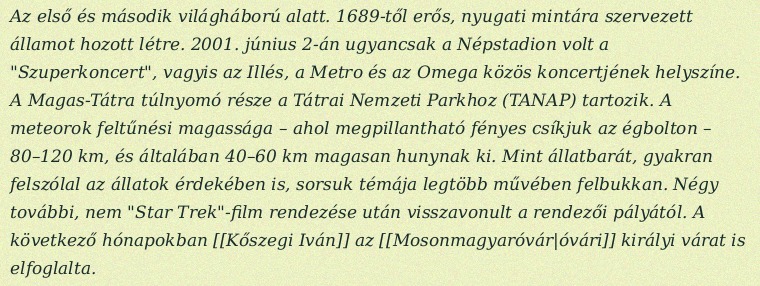
Az első és második világháború alatt. 1689-től erős, nyugati mintára szervezett államot hozott létre. 2001. június 2-án ugyancsak a Népstadion volt a "Szuperkoncert", vagyis az Illés, a Metro és az Omega közös koncertjének helyszíne. A Magas-Tátra túlnyomó része a Tátrai Nemzeti Parkhoz (TANAP) tartozik. A meteorok feltűnési magassága – ahol megpillantható fényes csíkjuk az égbolton – 80–120 km, és általában 40–60 km magasan hunynak ki. Mint állatbarát, gyakran felszólal az állatok érdekében is, sorsuk témája legtöbb művében felbukkan. Négy további, nem "Star Trek"-film rendezése után visszavonult a rendezői pályától. A következő hónapokban [[Kőszegi Iván]] az [[Mosonmagyaróvár|óvári]] királyi várat is elfoglalta.